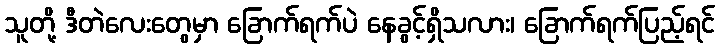
သူတို့ ဒီတဲလေးတွေမှာ ခြောက်ရက်ပဲ နေခွင့်ရှိသလား၊ ခြောက်ရက်ပြည့်ရင်